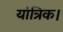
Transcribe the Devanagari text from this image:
यांत्रिक।